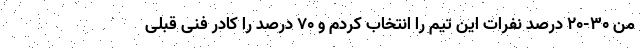
من ۳۰-۲۰ درصد نفرات این تیم را انتخاب کردم و ۷۰ درصد را کادر فنی قبلی